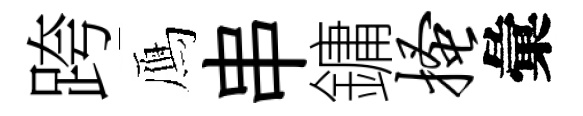
跨鴈串鏞搔彙